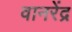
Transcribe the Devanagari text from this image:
वानरेंद्र